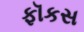
ફૉકસ